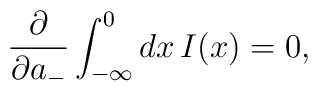
\frac{\partial}{\partial a_-}\int_{-\infty}^0 dx\, I(x) =0,